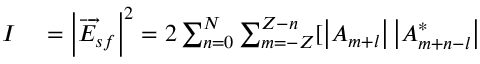
\begin{array} { r l } { I } & { { } = \left\vert \overrightarrow { E } _ { s f } \right\vert ^ { 2 } = 2 \sum _ { n = 0 } ^ { N } \sum _ { m = - Z } ^ { Z - n } [ \left\vert A _ { m + l } \right\vert \left\vert A _ { m + n - l } ^ { \ast } \right\vert } \end{array}